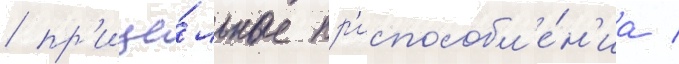
/ пр'ице́льные пр'испособл'е́н'иа /